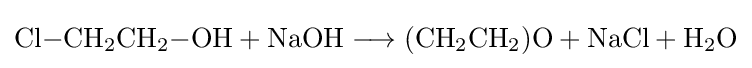
{\mathrm {Cl} {-}\mathrm {CH} {\vphantom {A}}_{\smash[{t}]{2}}\mathrm {CH} {\vphantom {A}}_{\smash[{t}]{2}}{-}\mathrm {OH} {}+{}\mathrm {NaOH} {}\mathrel {\longrightarrow } {}(\mathrm {CH} {\vphantom {A}}_{\smash[{t}]{2}}\mathrm {CH} {\vphantom {A}}_{\smash[{t}]{2}})\mathrm {O} {}+{}\mathrm {NaCl} {}+{}\mathrm {H} {\vphantom {A}}_{\smash[{t}]{2}}\mathrm {O} }